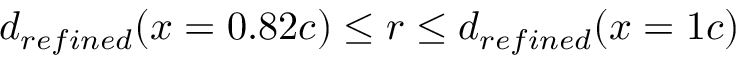
d _ { r e f i n e d } ( x = 0 . 8 2 c ) \leq r \leq d _ { r e f i n e d } ( x = 1 c )